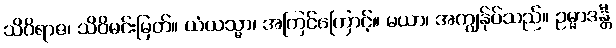
သိဝိရာဇ၊ သိဝိမင်းမြတ်။ ယံယသ္မာ၊ အကြင်ကြောင့်။ မယာ၊ အကျွန်ုပ်သည်။ ဥမ္မာဒန္တီ